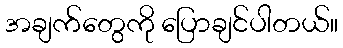
အချက်တွေကို ပြောချင်ပါတယ်။